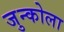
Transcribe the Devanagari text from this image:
जुन्कोला